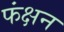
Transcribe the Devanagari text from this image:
फंक्षन